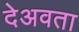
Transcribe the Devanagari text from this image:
देअवता